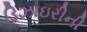
ડિઝાઇરીની